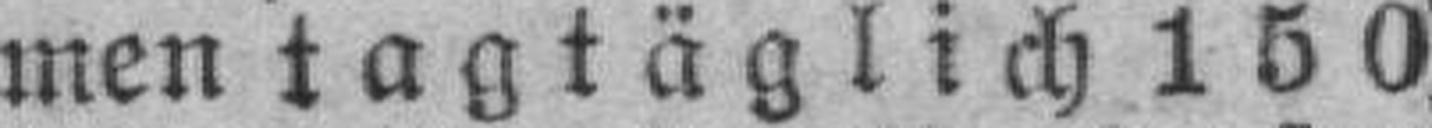
men tagtäglich 150